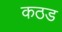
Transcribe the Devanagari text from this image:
कठड